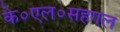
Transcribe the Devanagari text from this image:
के०एल०सहगल